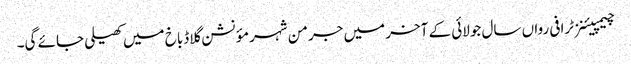
چیمپیئنز ٹرافی رواں سال جولائی کے آخر میں جرمن شہر مؤنشن گلاڈباخ میں کھیلی جائے گی۔